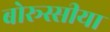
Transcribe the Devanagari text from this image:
बोरूस्सीया